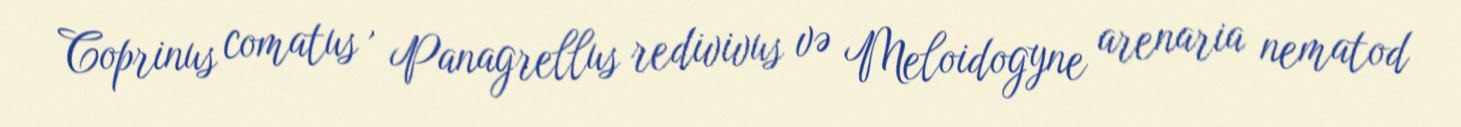
Coprinus comatus , Panagrellus redivivus və Meloidogyne arenaria nematod